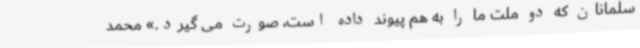
سلمانان که دو ملت ما را به هم پیوند داده است، صورت می گیرد.» محمد